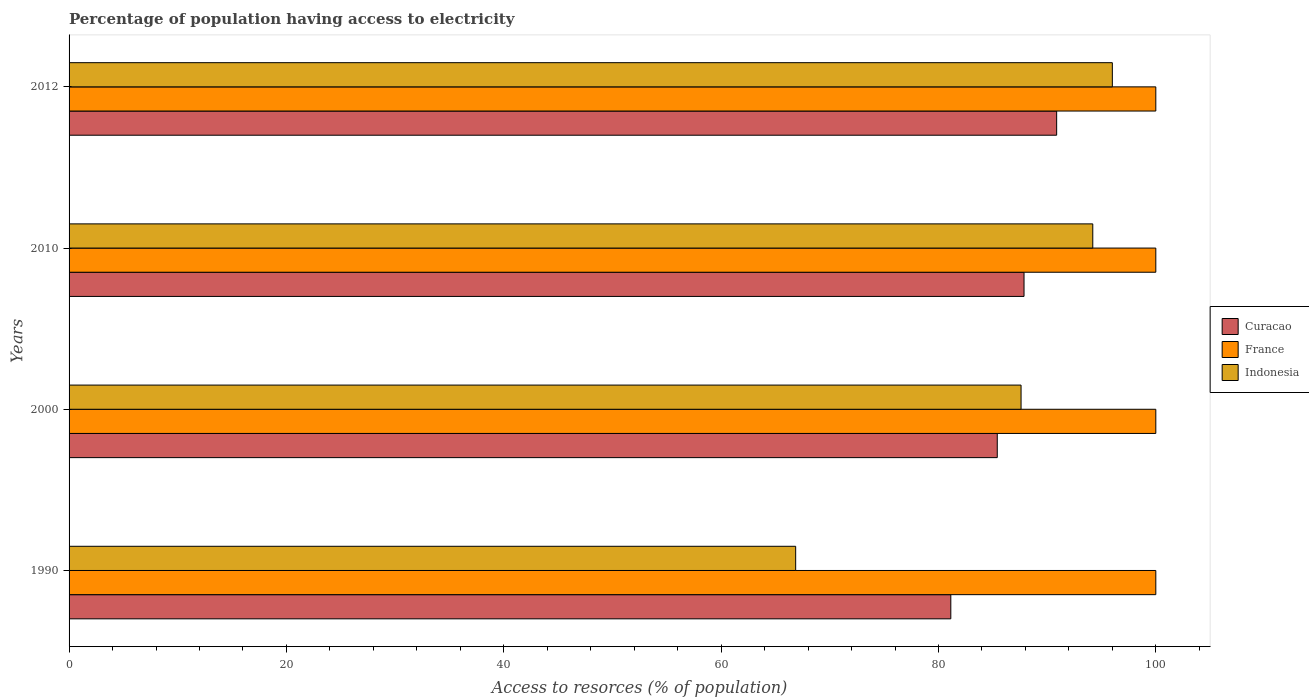
| Years | Curacao | France | Indonesia |
 | --- | --- | --- | --- |
 | 1990 | 81.1 | 100 | 66.9 |
 | 2000 | 85.4 | 100 | 87.6 |
 | 2010 | 87.9 | 100 | 94.2 |
 | 2012 | 90.9 | 100 | 96 |